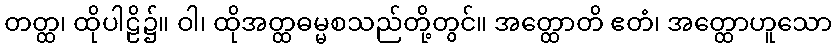
တတ္ထ၊ ထိုပါဠိ၌။ ဝါ၊ ထိုအတ္ထဓမ္မစသည်တို့တွင်။ အတ္ထောတိ ဧတံ၊ အတ္ထောဟူသော